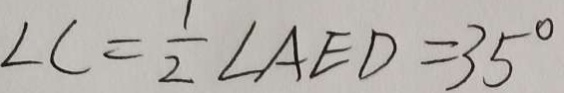
\angle C = \frac { 1 } { 2 } \angle A E D = 3 5 ^ { \circ }